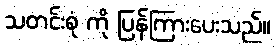
သတင်းစုံ ကို ပြန်ကြားပေးသည်။